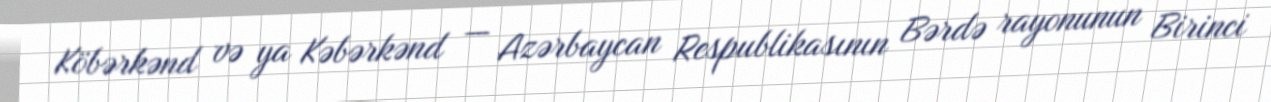
Köbərkənd və ya Kəbərkənd — Azərbaycan Respublikasının Bərdə rayonunun Birinci